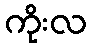
ကိုးလ